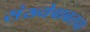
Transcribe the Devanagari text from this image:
संख्येबाबतचा